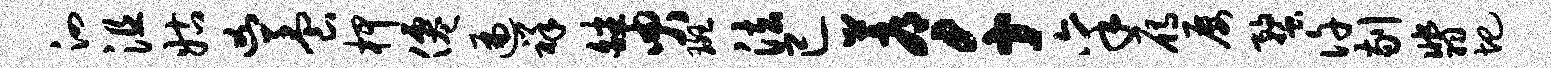
泗沮姑凶养柙仙遍祥皤臾斑法已蓐千禀雁屡蝥许剔翡圯